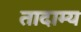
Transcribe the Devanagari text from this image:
तादाम्य